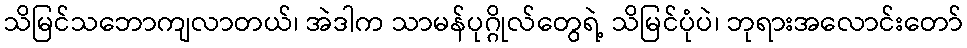
သိမြင်သဘောကျလာတယ်၊ အဲဒါက သာမန်ပုဂ္ဂိုလ်တွေရဲ့ သိမြင်ပုံပဲ၊ ဘုရားအလောင်းတော်